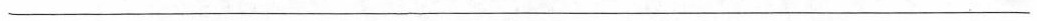
___